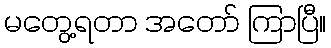
မတွေ့ရတာ အတော် ကြာပြီ။